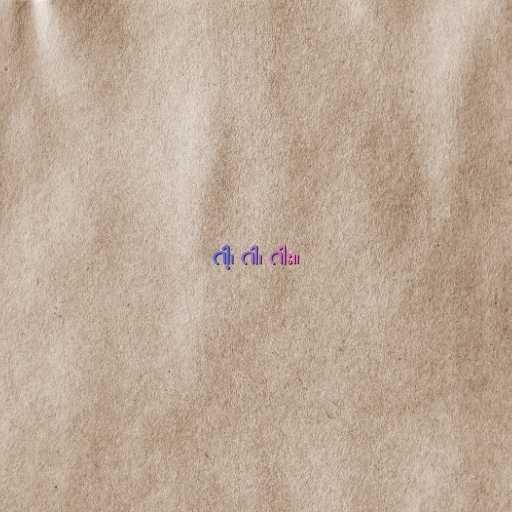
ဂါ့၊ ဂါ၊ ဂါး။